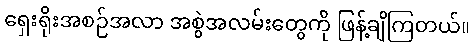
ရှေးရိုးအစဉ်အလာ အစွဲအလမ်းတွေကို ဖြန့်ချိကြတယ်။